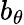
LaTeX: b_{\theta}